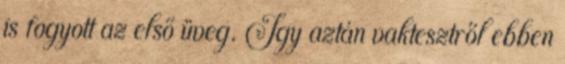
is fogyott az első üveg. Így aztán vaktesztről ebben